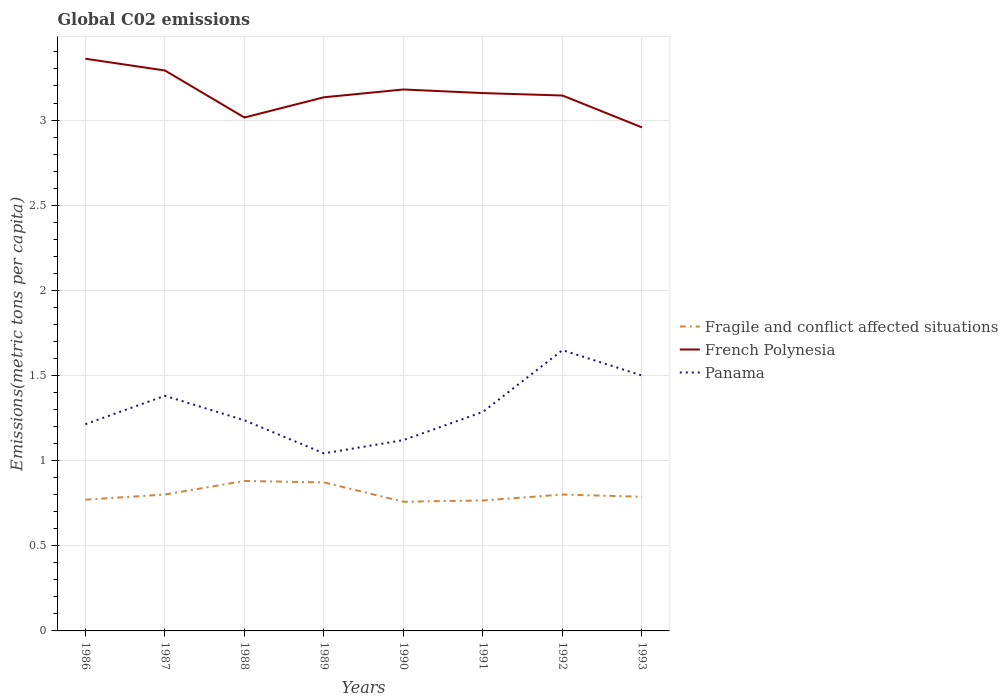
| Years | Fragile and conflict affected situations | French Polynesia | Panama |
 | --- | --- | --- | --- |
 | 1986 | 0.771 | 3.36 | 1.21 |
 | 1987 | 0.801 | 3.29 | 1.38 |
 | 1988 | 0.88 | 3.01 | 1.24 |
 | 1989 | 0.872 | 3.13 | 1.04 |
 | 1990 | 0.759 | 3.18 | 1.12 |
 | 1991 | 0.766 | 3.16 | 1.29 |
 | 1992 | 0.801 | 3.14 | 1.65 |
 | 1993 | 0.788 | 2.96 | 1.5 |